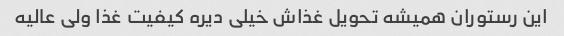
این رستوران همیشه تحویل غذاش خیلی دیره کیفیت غذا ولی عالیه